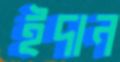
ইদান